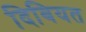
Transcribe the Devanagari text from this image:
दिबियत